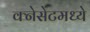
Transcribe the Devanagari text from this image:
क्नेसेटमध्ये